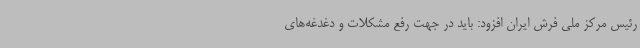
رئیس مرکز ملی فرش ایران افزود: باید در جهت رفع مشکلات و دغدغه‌های